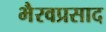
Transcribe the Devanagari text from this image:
भैरवप्रसाद